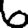
Digit: 6